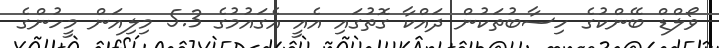
ވޯލްޑް ބޭންކުގެ ހިސާބުތަކުން ދައްކާ ގޮތުގައި އެއީ އެގައުމުގެ 5.3 މިލިއަން މީހުންގެ